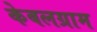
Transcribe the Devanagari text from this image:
केबलग्राम